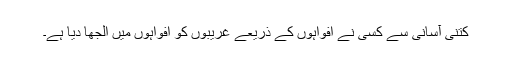
کتنی آسانی سے کسی نے افواہوں کے ذریعے غریبوں کو افواہوں میں الجھا دیا ہے۔